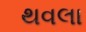
થવલા